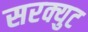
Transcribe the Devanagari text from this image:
सरक्युट